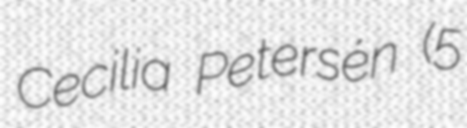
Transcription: Cecilia Petersén (5